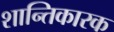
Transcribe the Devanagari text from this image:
शान्तिकारक